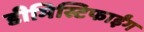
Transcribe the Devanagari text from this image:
डीमिस्टिफाईंग